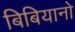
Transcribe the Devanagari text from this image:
बिबियानो